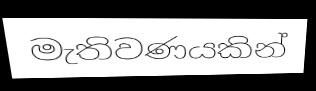
මැතිවණයකින්